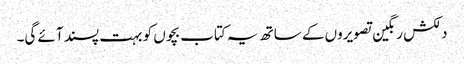
دلکش رنگین تصویروں کے ساتھ یہ کتاب بچوں کو بہت پسند آئے گی۔